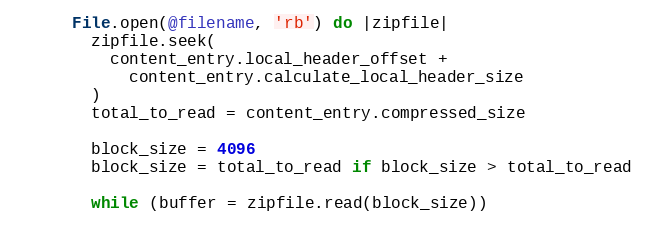
Language: Ruby
      File.open(@filename, 'rb') do |zipfile|
        zipfile.seek(
          content_entry.local_header_offset +
            content_entry.calculate_local_header_size
        )
        total_to_read = content_entry.compressed_size

        block_size = 4096
        block_size = total_to_read if block_size > total_to_read

        while (buffer = zipfile.read(block_size))